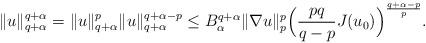
LaTeX: \begin{align*}\|u\|_{q+\alpha}^{q+\alpha}=\|u\|_{q+\alpha}^{p}\|u\|_{q+\alpha}^{q+\alpha-p}\le B_\alpha^{q+\alpha}\|\nabla u\|_p^p \Big(\frac{pq}{q-p}J(u_0)\Big)^{\frac{q+\alpha-p}{p}}.\end{align*}